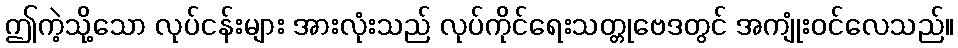
ဤကဲ့သို့သော လုပ်ငန်းများ အားလုံးသည် လုပ်ကိုင်ရေးသတ္တုဗေဒတွင် အကျုံးဝင်လေသည်။